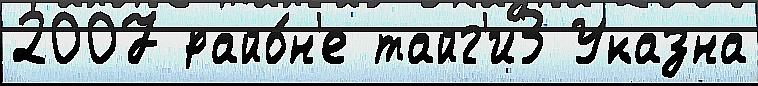
2007 райо́н'е тайг'и3 Указна